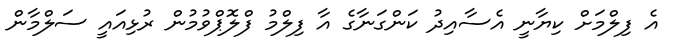
އެ ފިލްމަށް ކިޔާނީ އެސާއިދު ކަންގަނާގެ އާ ފިލްމު ފްލޮޕްވުމުން ރުޅިއައީ ސަލްމާން